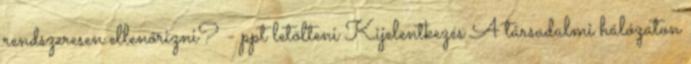
rendszeresen ellenőrizni? - ppt letölteni Kijelentkezés A társadalmi hálózaton